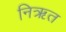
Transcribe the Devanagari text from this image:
निऋत